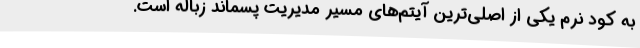
به کود نرم یکی از اصلی‌ترین آیتم‌های مسیر مدیریت پسماند زباله است.